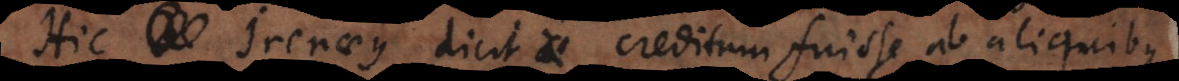
Hic Irenaeus dicit creditum fuisse ab aliquibus